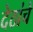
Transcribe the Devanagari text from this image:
देठांचे